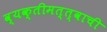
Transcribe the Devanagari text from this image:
व्यक्तीमत्त्वाची